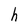
Character: h